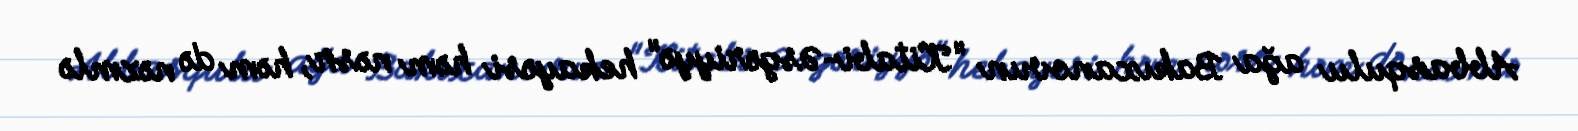
Abbasqulu ağa Bakıxanovun "Kitabi-Əsgəriyyə" hekayəsi həm nəsr, həm də nəzmlə